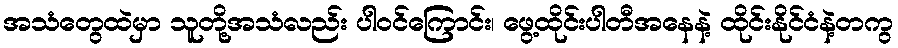
အသံတွေထဲမှာ သူတို့အသံလည်း ပါဝင်ကြောင်း၊ ဖွေ့ထိုင်းပါတီအနေနဲ့ ထိုင်းနိုင်ငံနဲ့တကွ